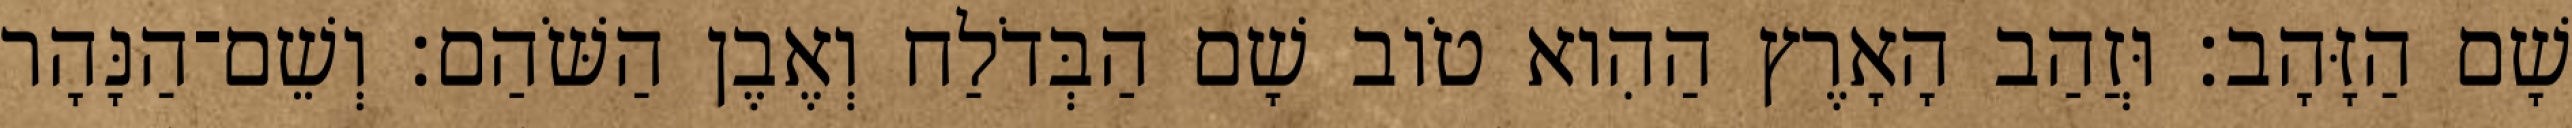
שָׁם הַזָּהָב׃ וּזֲהַב הָאָרֶץ הַהִוא טֹוב שָׁם הַבְּדֹלַח וְאֶבֶן הַשֹּׁהַם׃ וְשֵׁם־הַנָּהָר